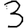
Digit: 3